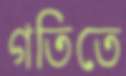
গতিতে